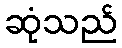
ဆုံသည်